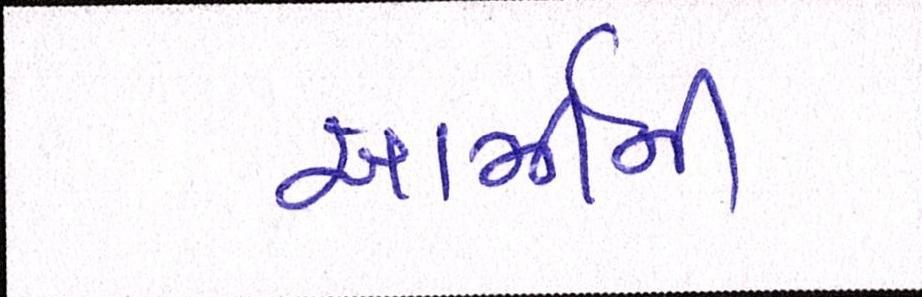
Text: આર્મીની